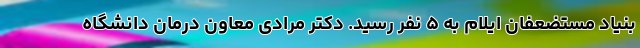
بنیاد مستضعفان ایلام به ۵ نفر رسید. دکتر مرادی معاون درمان دانشگاه